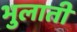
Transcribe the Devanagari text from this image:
भुलाती